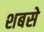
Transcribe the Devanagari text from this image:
शबसे